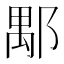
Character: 𨜖